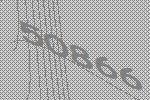
50866